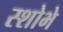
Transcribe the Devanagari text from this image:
स्शोभे